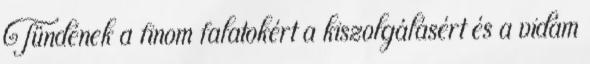
Tündének a finom falatokért a kiszolgálásért és a vidám